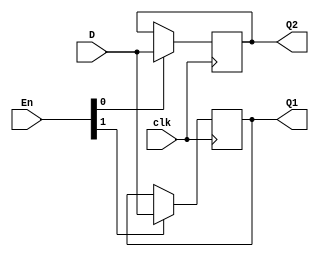
`timescale 1ns / 1ps


module Register_8bit(

    input clk,
    input [7:0] D,
    input [1:0] En,
    output [7:0] Q1,
    output [7:0] Q2
    
    );


reg [7:0] op1, op2;//, op3;

always @ (posedge(clk)) begin
    if (En[0] == 1) op2 <= D;
    if (En[1] == 1) op1 <= D;
    //else op3 <= 8'b00000000;
end


assign Q1 = op1;

assign Q2 = op2;



endmodule